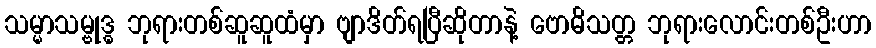
သမ္မာသမ္ဗုဒ္ဓ ဘုရားတစ်ဆူဆူထံမှာ ဗျာဒိတ်ရပြီဆိုတာနဲ့ ဗောဓိသတ္တ ဘုရားလောင်းတစ်ဦးဟာ